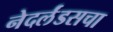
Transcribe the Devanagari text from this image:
नेदर्लंडसचा